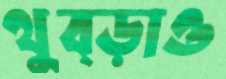
থুব্‌ড়াও